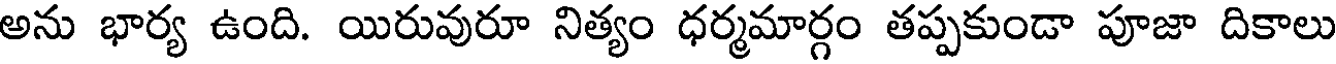
అను భార్య ఉంది. యిరువురూ నిత్యం ధర్మమార్గం తప్పకుండా పూజా దికాలు